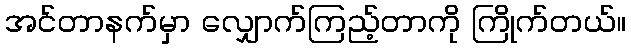
အင်တာနက်မှာ လျှောက်ကြည့်တာကို ကြိုက်တယ်။